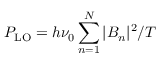
P _ { \mathrm { L O } } = h \nu _ { 0 } \sum _ { n = 1 } ^ { N } | B _ { n } | ^ { 2 } / T